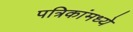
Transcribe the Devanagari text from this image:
पत्रिकांमध्ये